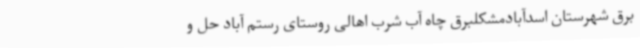
برق شهرستان اسدآبادمشکلبرق چاه آب شرب اهالی روستای رستم آباد حل و